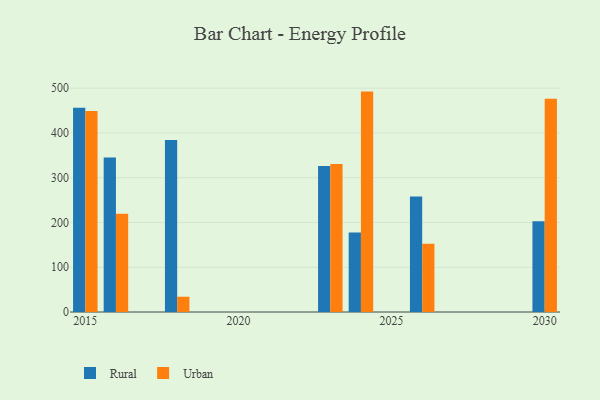
{"axis": {"x": "Year", "y": "Production Output"}, "legend": ["Rural", "Urban"], "data": [{"x": "2024", "y": 177.5, "type": "Rural"}, {"x": "2024", "y": 492.2, "type": "Urban"}, {"x": "2016", "y": 345.1, "type": "Rural"}, {"x": "2016", "y": 219.3, "type": "Urban"}, {"x": "2018", "y": 383.9, "type": "Rural"}, {"x": "2018", "y": 34.1, "type": "Urban"}, {"x": "2030", "y": 202.7, "type": "Rural"}, {"x": "2030", "y": 476.2, "type": "Urban"}, {"x": "2026", "y": 257.8, "type": "Rural"}, {"x": "2026", "y": 152.4, "type": "Urban"}, {"x": "2023", "y": 325.8, "type": "Rural"}, {"x": "2023", "y": 330.7, "type": "Urban"}, {"x": "2015", "y": 456.0, "type": "Rural"}, {"x": "2015", "y": 448.7, "type": "Urban"}]}